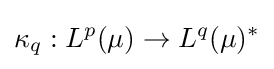
\kappa _{q}:L^{p}(\mu )\to L^{q}(\mu )^{*}